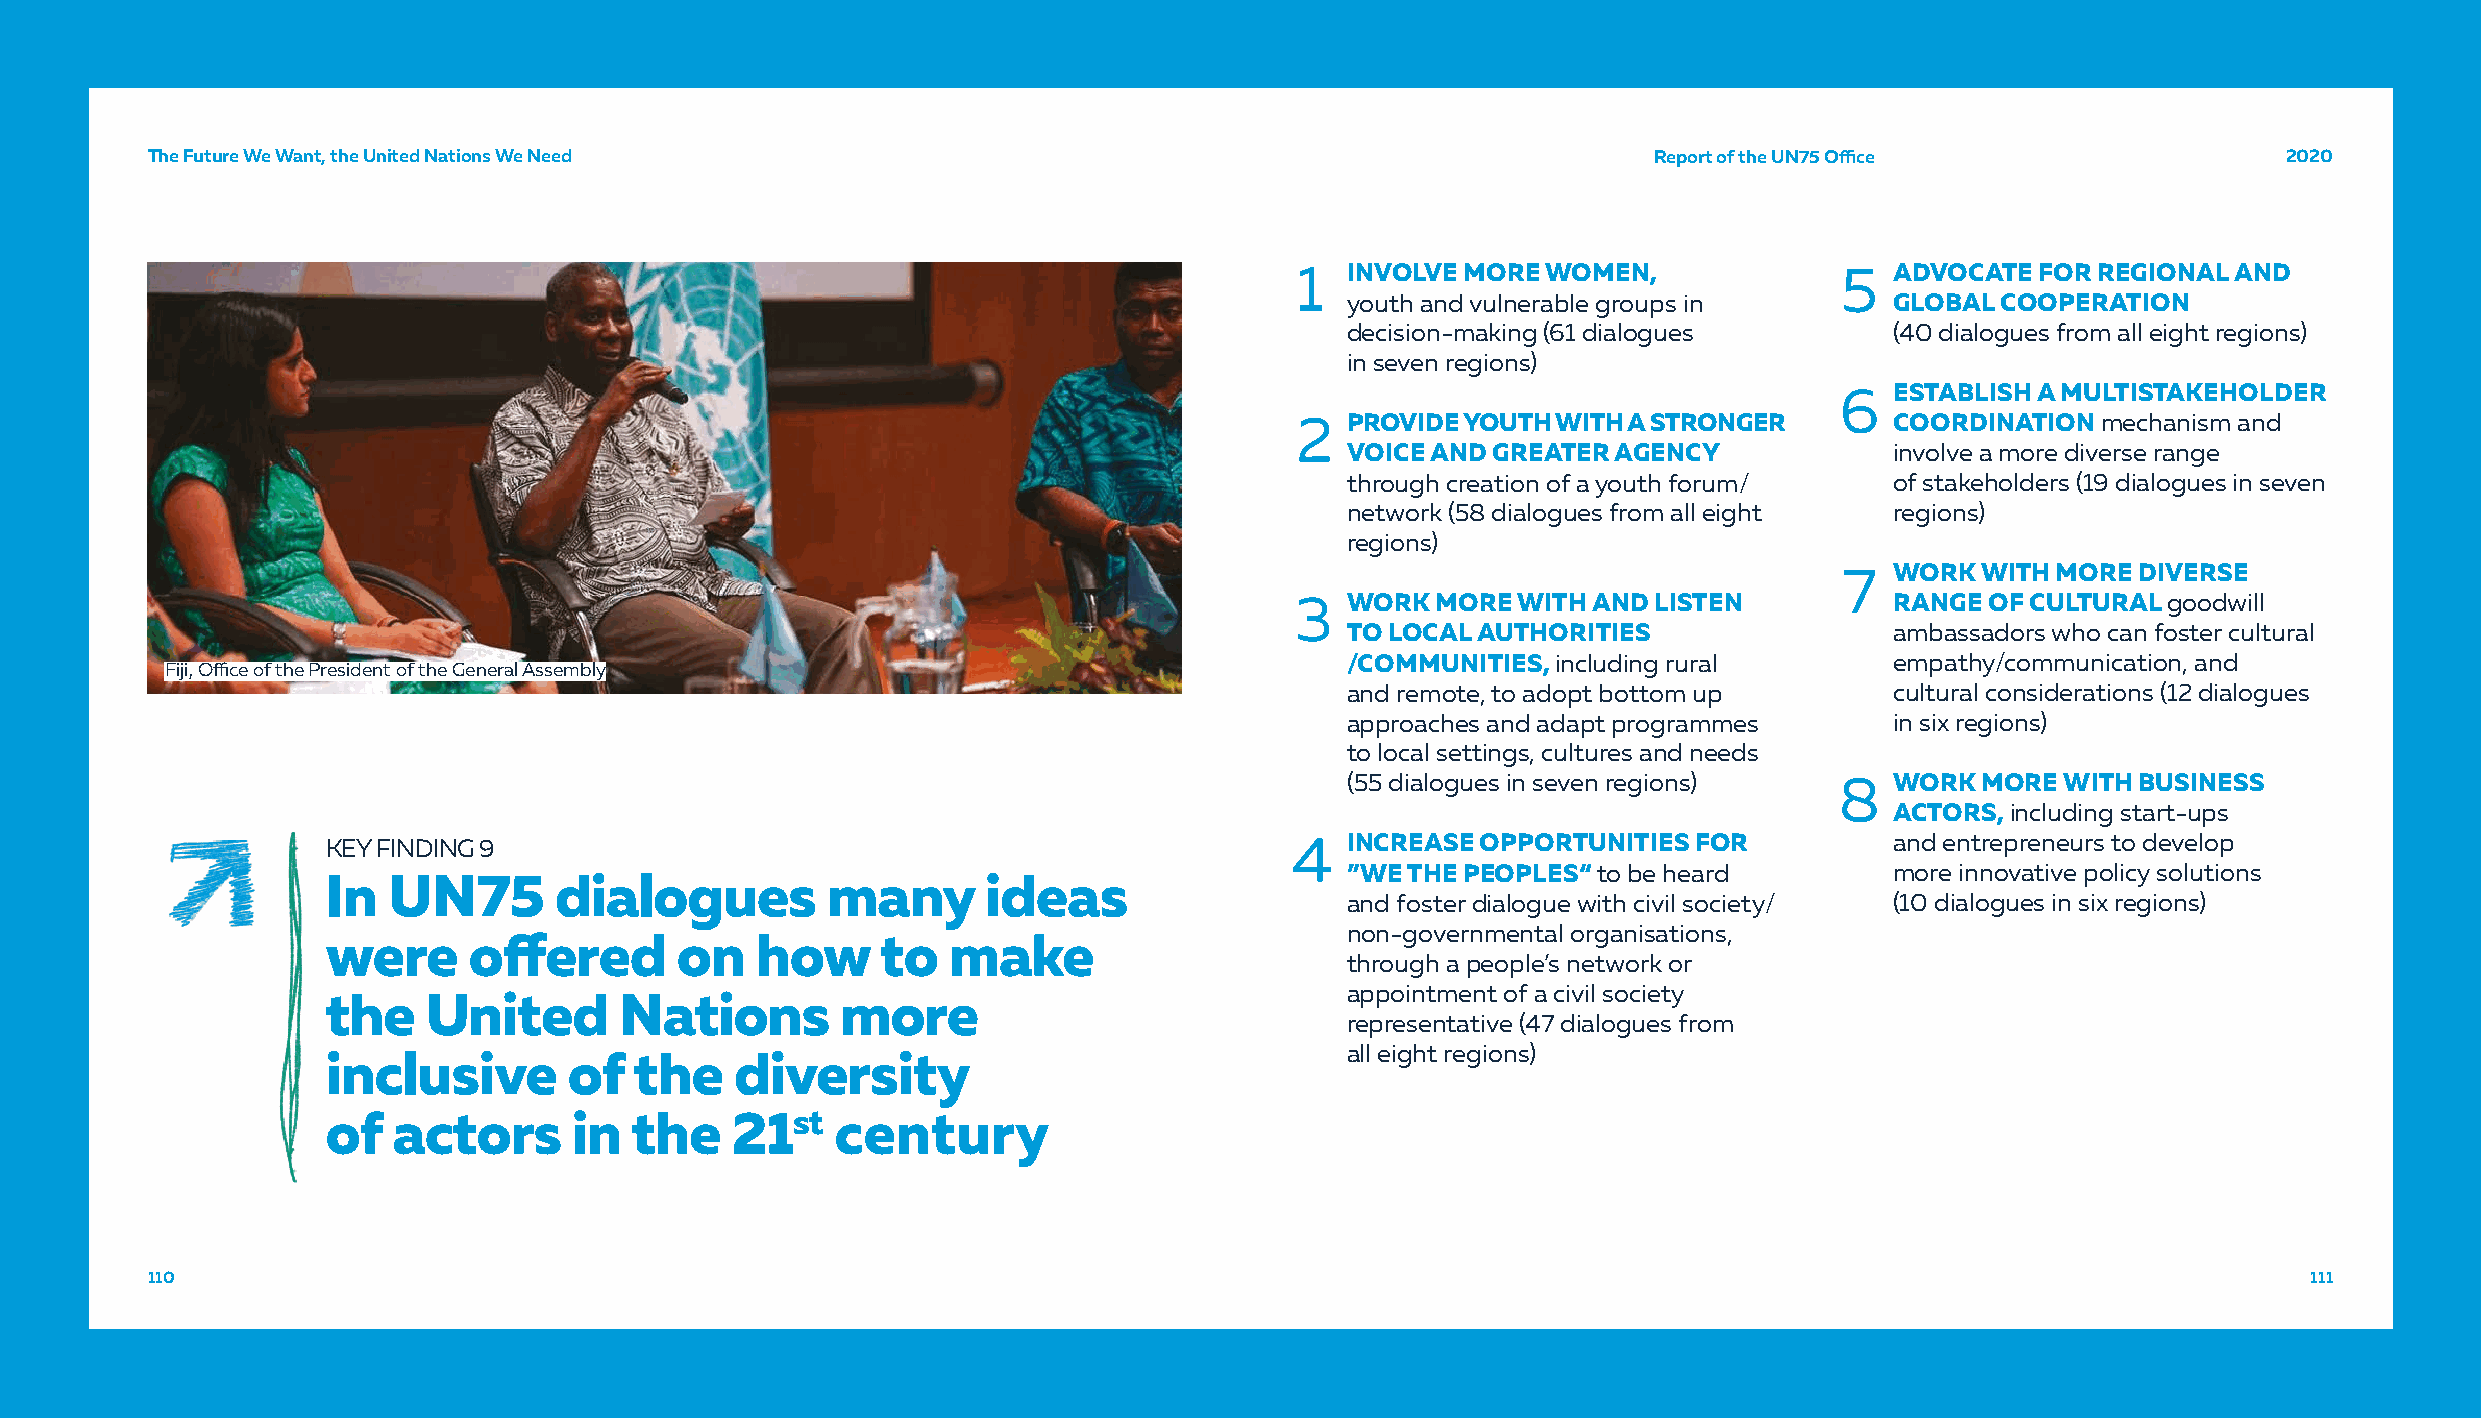
TThhee FFuuttuurree WWee WWaanntt,, tthhee UUnniitteedd NNaattiioonnss WWee NNeeeedd               RReeppoorrtt ooff tthhee UUNN7755 OOffifficcee 22002200
 1  INVOLVE MORE WOMEN,              5  ADVOCATE  FOR REGIONAL AND
 youth and vulnerable groups in      GLOBAL COOPERATION
 decision-making (61 dialogues       (40 dialogues from all eight regions)
 in seven regions)
 6  ESTABLISH A MULTISTAKEHOLDER
 2  PROVIDE YOUTH WITH A STRONGER       COORDINATION  mechanism and
 VOICE AND GREATER AGENCY            involve a more diverse range
 through creation of a youth forum/  of stakeholders (19 dialogues in seven
 network (58 dialogues from all eight regions)
 regions)
 7  WORK  WITH MORE  DIVERSE
 3  WORK  MORE WITH AND LISTEN          RANGE  OF CULTURAL goodwill
 TO LOCAL AUTHORITIES                ambassadors who can foster cultural
 /COMMUNITIES, including rural       empathy/communication, and
 Fiji, Office of the President of the General Assembly
 and remote, to adopt bottom up      cultural considerations (12 dialogues
 approaches and adapt programmes     in six regions)
 to local settings, cultures and needs
 (55 dialogues in seven regions)  8  WORK  MORE  WITH BUSINESS
 ACTORS, including start-ups
 KEY FINDING 9                                                   4  INCREASE OPPORTUNITIES FOR          and entrepreneurs to develop
 ”WE THE PEOPLES“ to be heard        more innovative policy solutions
 In  UN75       dialogues         many      ideas
 and foster dialogue with civil society/ (10 dialogues in six regions)
 non-governmental organisations,
 were     offered       on   how     to   make
 through a people’s network or
 appointment of a civil society
 the   United       Nations        more
 representative (47 dialogues from
 all eight regions)
 inclusive       of  the    diversity
 of  actors      in  the   21st   century
 111100                                                                                                                                         111111